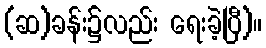
(ဆ)ခန်း၌လည်း ရေးခဲ့ပြီ)။